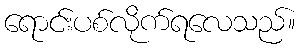
ရောင်းပစ်လိုက်ရလေသည်။